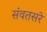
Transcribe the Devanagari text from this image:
संवतसरे